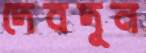
দেবদূন